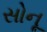
સોનૂ